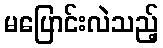
မပြောင်းလဲသည့်